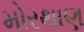
મોરથાણ